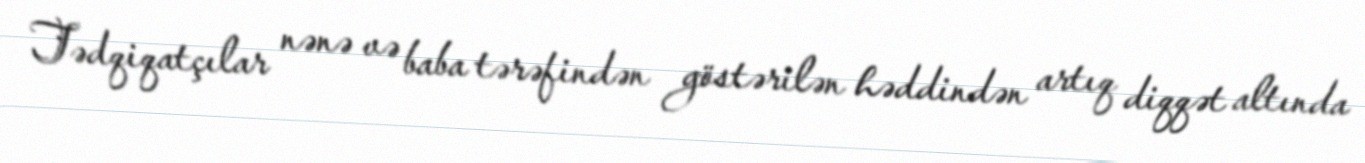
Tədqiqatçılar nənə və baba tərəfindən göstərilən həddindən artıq diqqət altında